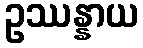
ဥဿန္နာယ